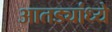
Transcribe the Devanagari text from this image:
आतड्यांध्ये